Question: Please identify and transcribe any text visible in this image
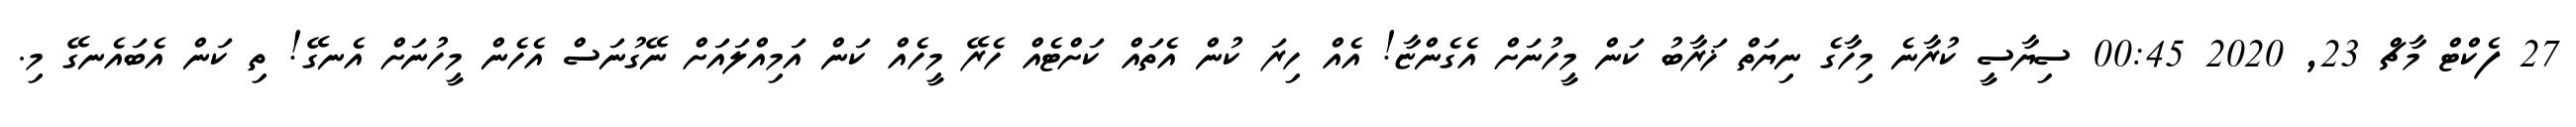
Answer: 27 ފެކްޓް މާޗް 23, 2020 00:45 ސިޔާސީ ކުރާނެ މިހާގެ ނިޔަތް ޚަރާބު ކަން މީހުނަށް އެގެންޏާ! އެއް ހިރަ ކުން އެތައް ކަށްޓެއް ހެރޭ މީހެއް ކަން އަމިއްލައަށް ނޭގުނަސް އެހެން މީހުނަށް އެނގޭ! ތި ކަން އެބައެނގޭ މި.